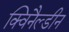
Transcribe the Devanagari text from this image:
क्विनैल्डीन